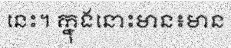
នេះ។ ក្នុងនោះមាន៖មាន